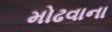
મોઢવાના